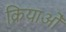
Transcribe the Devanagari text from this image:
क्रियाओँ